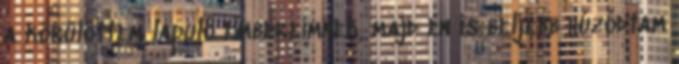
a körülöttem lapuló embereimnek, majd én is beljebb húzódtam